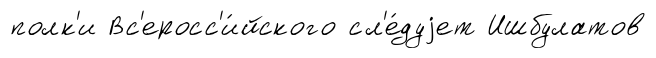
полк'и Вс'еросс'и́йского сл'е́дуjет Ишбулатов